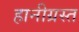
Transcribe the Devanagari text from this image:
हानीग्रस्त